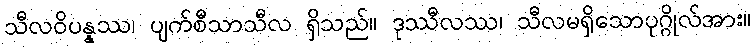
သီလဝိပန္နဿ၊ ပျက်စီသာသီလ ရှိသည်။ ဒုဿီလဿ၊ သီလမရှိသောပုဂ္ဂိုလ်အား။